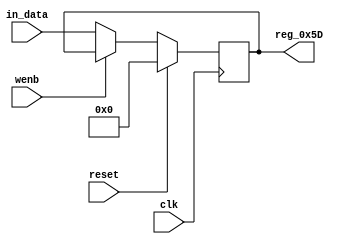
module r_TX_BUF_OBJ3_BYTE_1(output reg [7:0] reg_0x5D, input wire reset, input wire wenb, input wire [7:0] in_data, input wire clk);
	always@(posedge clk)
	begin
		if(reset==0) begin
			if(wenb==0)
				reg_0x5D<=in_data;
			else
				reg_0x5D<=reg_0x5D;
		end
		else
			reg_0x5D<=8'h00;
	end
endmodule